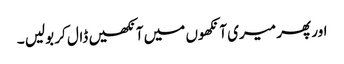
اور پھر میری آنکھوں میں آنکھیں ڈال کر بولیں ۔